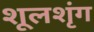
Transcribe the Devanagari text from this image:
शूलशृंग